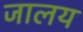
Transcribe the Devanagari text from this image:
जालय